NAE_kihelkonnakohtute_kirjad_ja_protokollid_1869-1889, lk 11
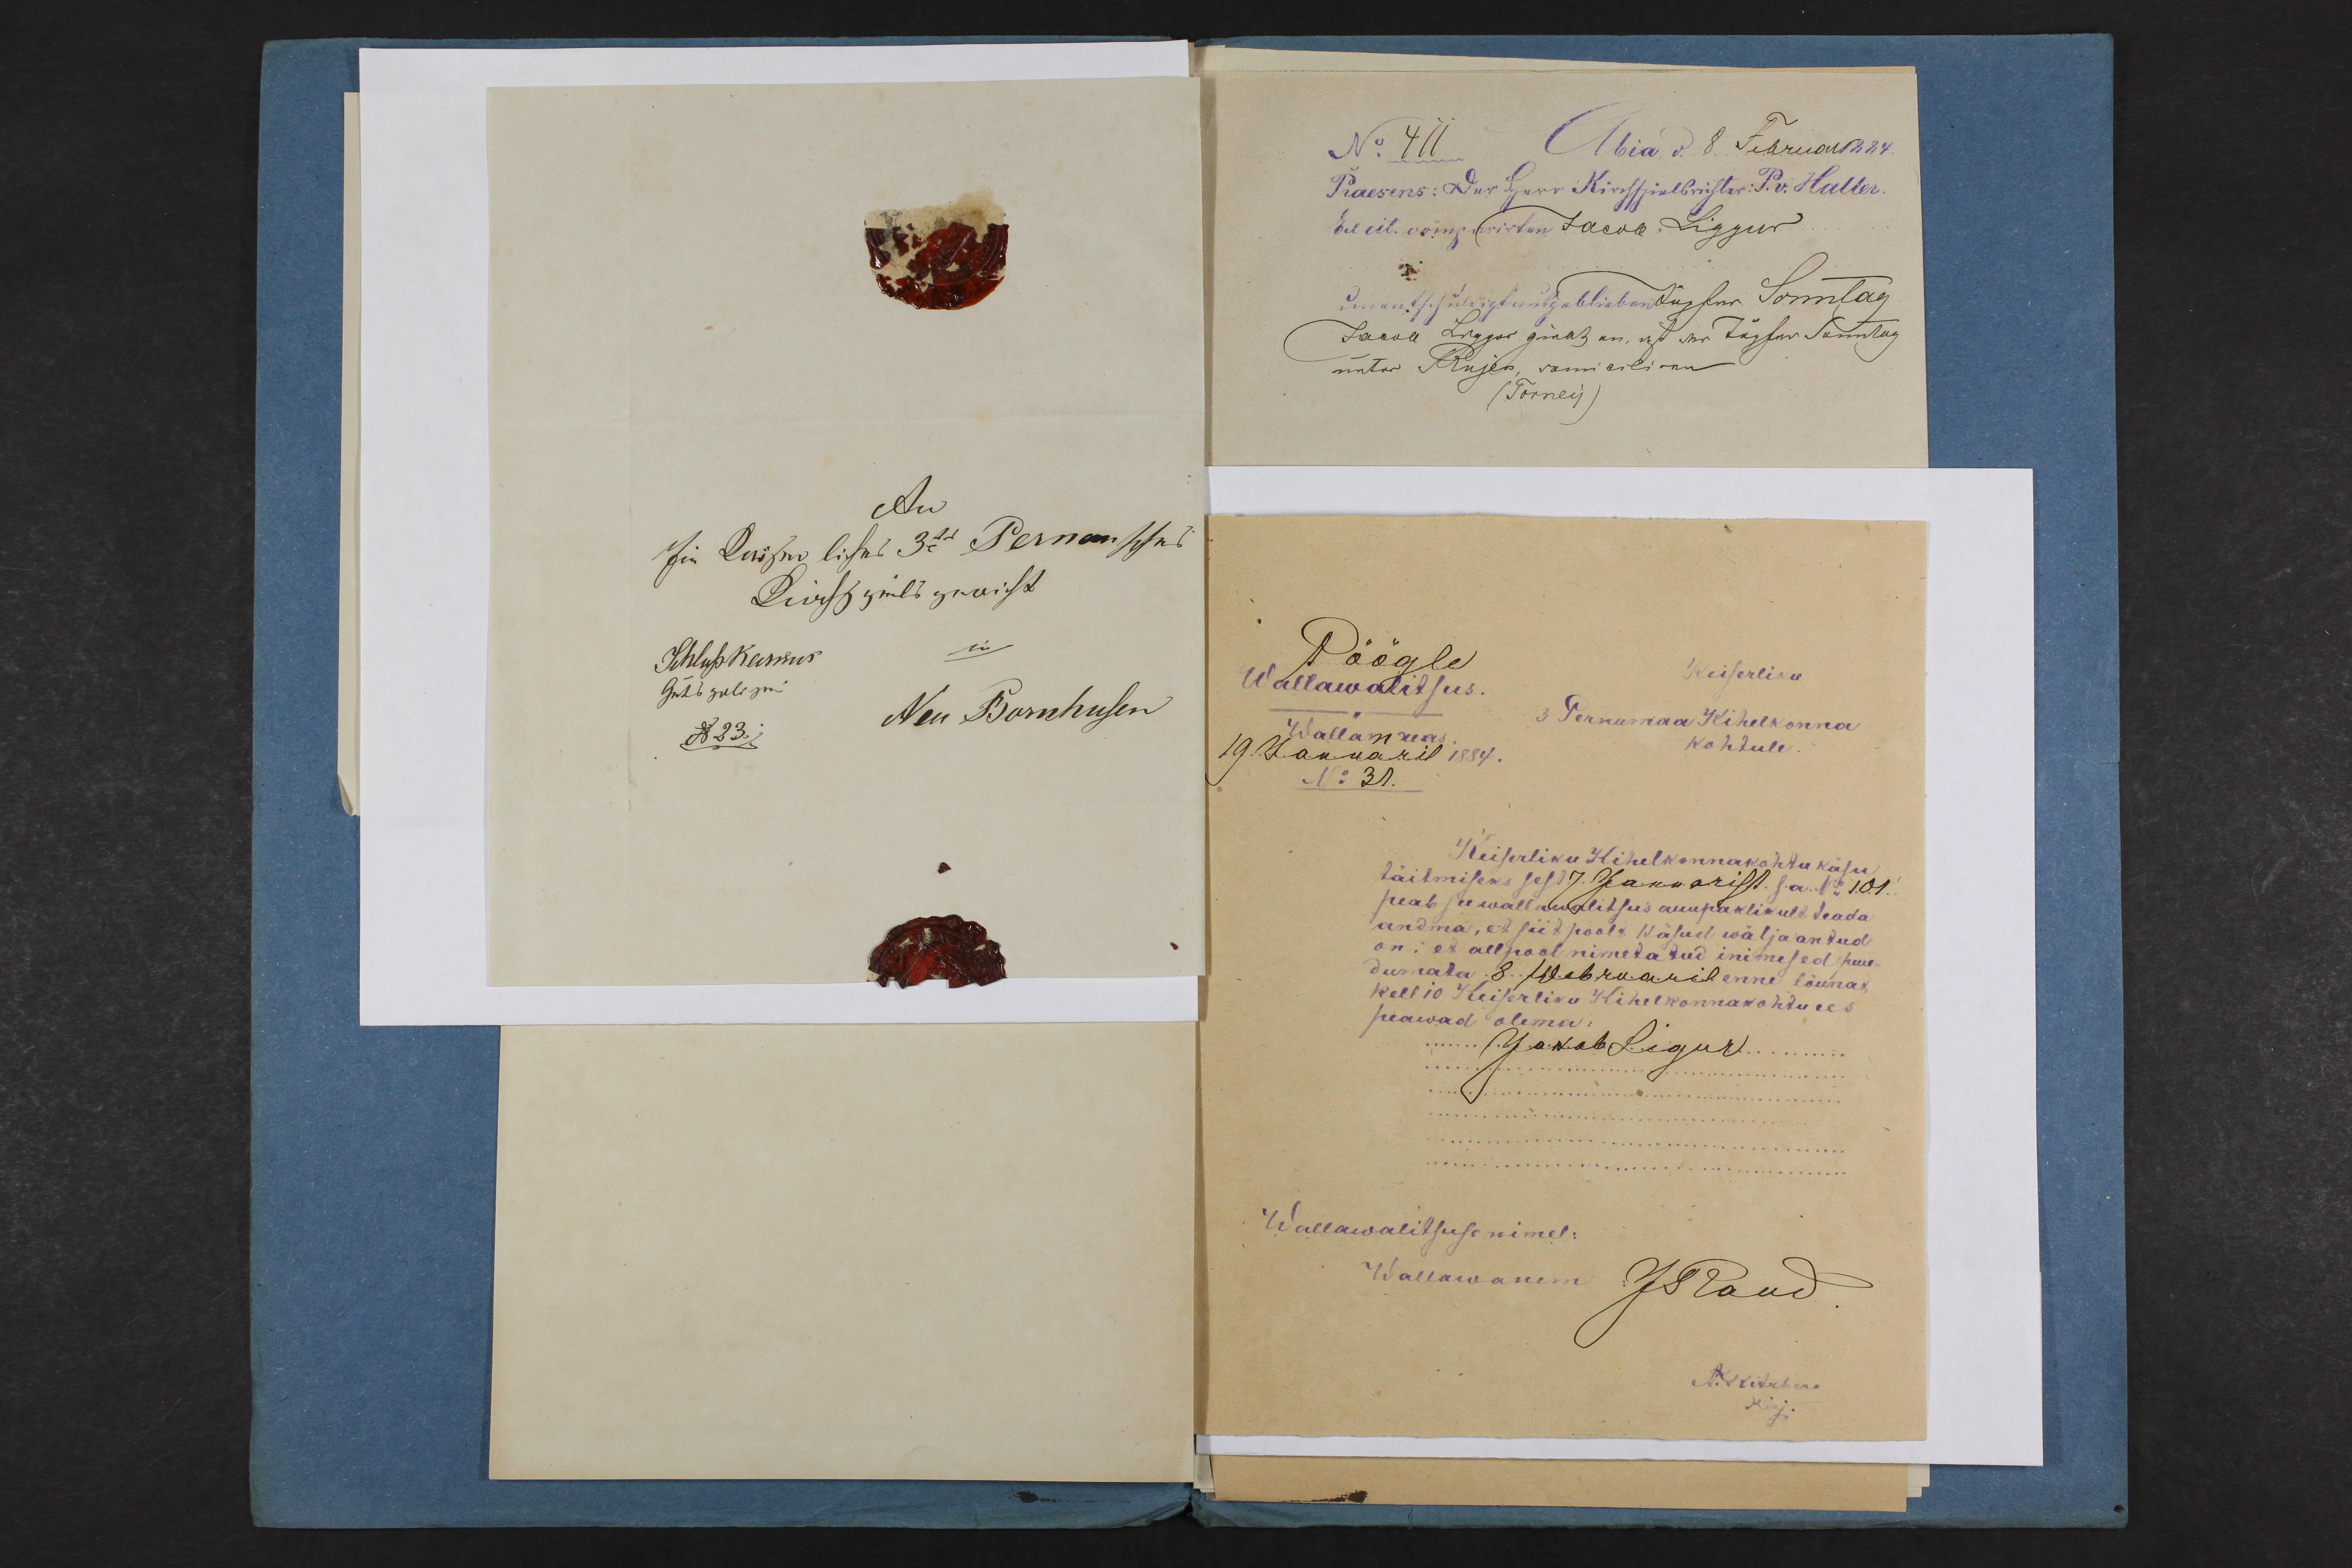
Pöögle
Keiserliku
Wallawalitsus.
3 Pernumaa Kihelkonna
Wallamaias
Kohtule
19. Januaril 1884
N31
Keiserliku Kihelkonnakohtu käsu
täitmiseks sest 7. Januarist s.a. No: 101
peab see wallawalitsus auupaklikult teada
andma, et siit poolt käsud wälja antud
on: et allpool nimetatud inimesed puu-
dumata 3 Webruaril enne lõunat
kell 10 Keiserliku Kihelkonnakohtu ees
peawad olema
Wallawalitsuse nimel:
Wallawanem JRaud.